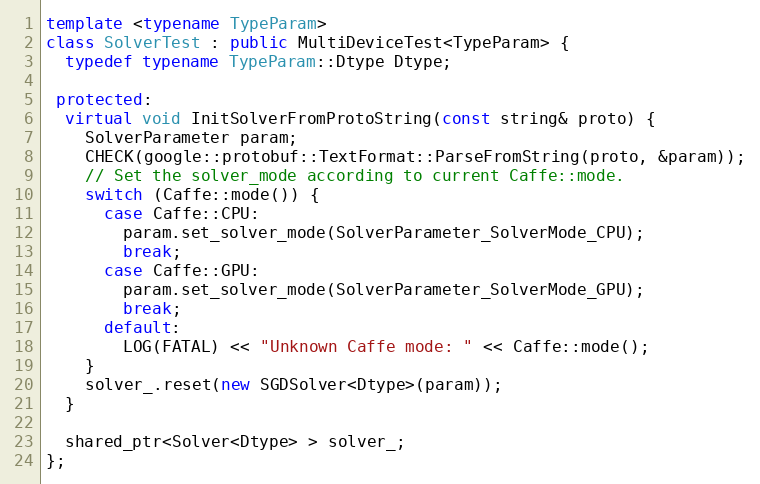
Language: C++
template <typename TypeParam>
class SolverTest : public MultiDeviceTest<TypeParam> {
  typedef typename TypeParam::Dtype Dtype;

 protected:
  virtual void InitSolverFromProtoString(const string& proto) {
    SolverParameter param;
    CHECK(google::protobuf::TextFormat::ParseFromString(proto, &param));
    // Set the solver_mode according to current Caffe::mode.
    switch (Caffe::mode()) {
      case Caffe::CPU:
        param.set_solver_mode(SolverParameter_SolverMode_CPU);
        break;
      case Caffe::GPU:
        param.set_solver_mode(SolverParameter_SolverMode_GPU);
        break;
      default:
        LOG(FATAL) << "Unknown Caffe mode: " << Caffe::mode();
    }
    solver_.reset(new SGDSolver<Dtype>(param));
  }

  shared_ptr<Solver<Dtype> > solver_;
};